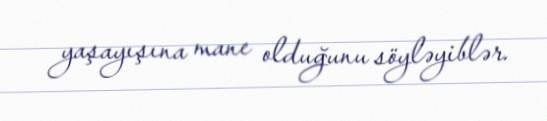
yaşayışına mane olduğunu söyləyiblər.